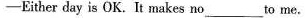
——Either day is OK.It makes no _-to me. A.choicé B.Change C.Difference D. Decision